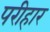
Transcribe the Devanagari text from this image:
परीहार